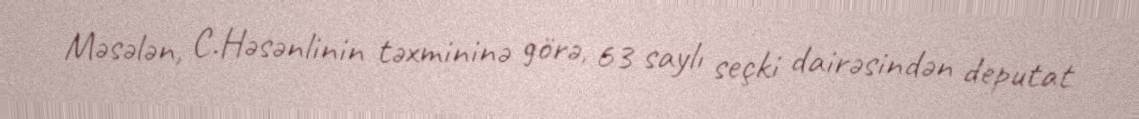
Məsələn, C.Həsənlinin təxmininə görə, 63 saylı seçki dairəsindən deputat